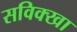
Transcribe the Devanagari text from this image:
सविक्खा